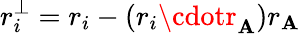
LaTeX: r_{i}^{\perp}=r_{i}-(r_{i}\cdotr_{\mathbf{A}})r_{\mathbf{A}}